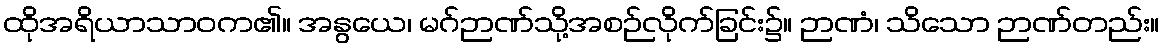
ထိုအရိယာသာဝက၏။ အနွယေ၊ မဂ်ဉာဏ်သို့အစဉ်လိုက်ခြင်း၌။ ဉာဏံ၊ သိသော ဉာဏ်တည်း။